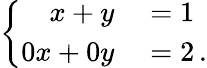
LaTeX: \left\{ \begin{array}{ll}{{\begin{array}{rl}{x+y}&{{}=1}\\ {0x+0y}&{{}=2\, .}\end{array}}}\end{array}\right.